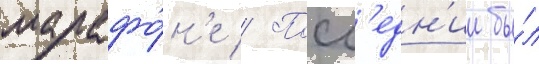
марафо́н'е // Посл'едн'ии бы́л